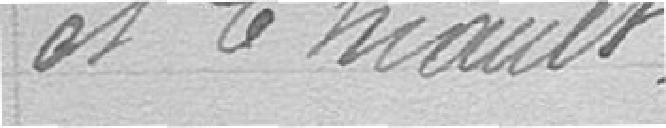
et Thiault.